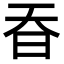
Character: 昋